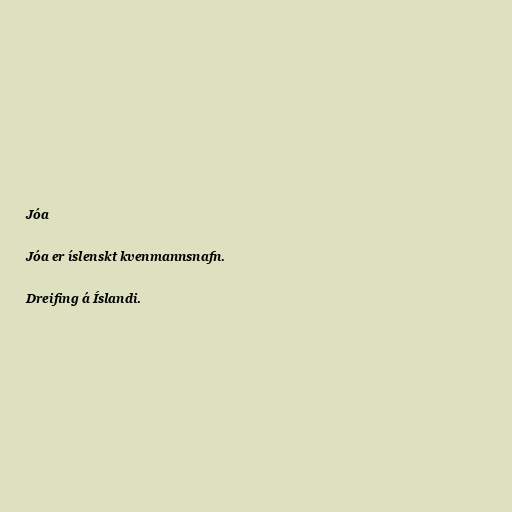
Jóa

Jóa er íslenskt kvenmannsnafn.

Dreifing á Íslandi.